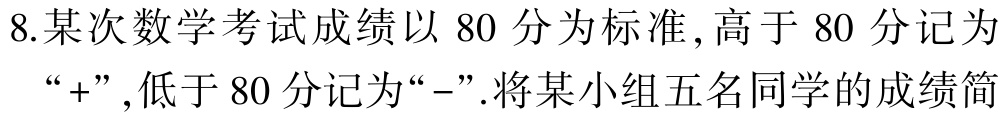
8.某次数学考试成绩以 80 分为标准,高于 80 分记为“+”,低于 80 分记为“-”.将某小组五名同学的成绩简